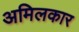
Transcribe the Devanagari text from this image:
अमिलकार